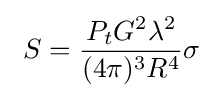
\ S={\frac {P_{t}G^{2}\lambda ^{2}}{(4\pi )^{3}R^{4}}}\sigma